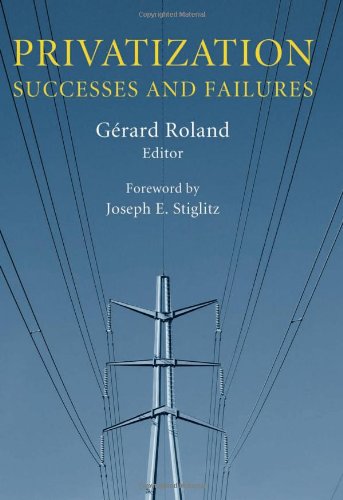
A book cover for Privatization: Successes and Failures (Initiative for Policy Dialogue); Business & Money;